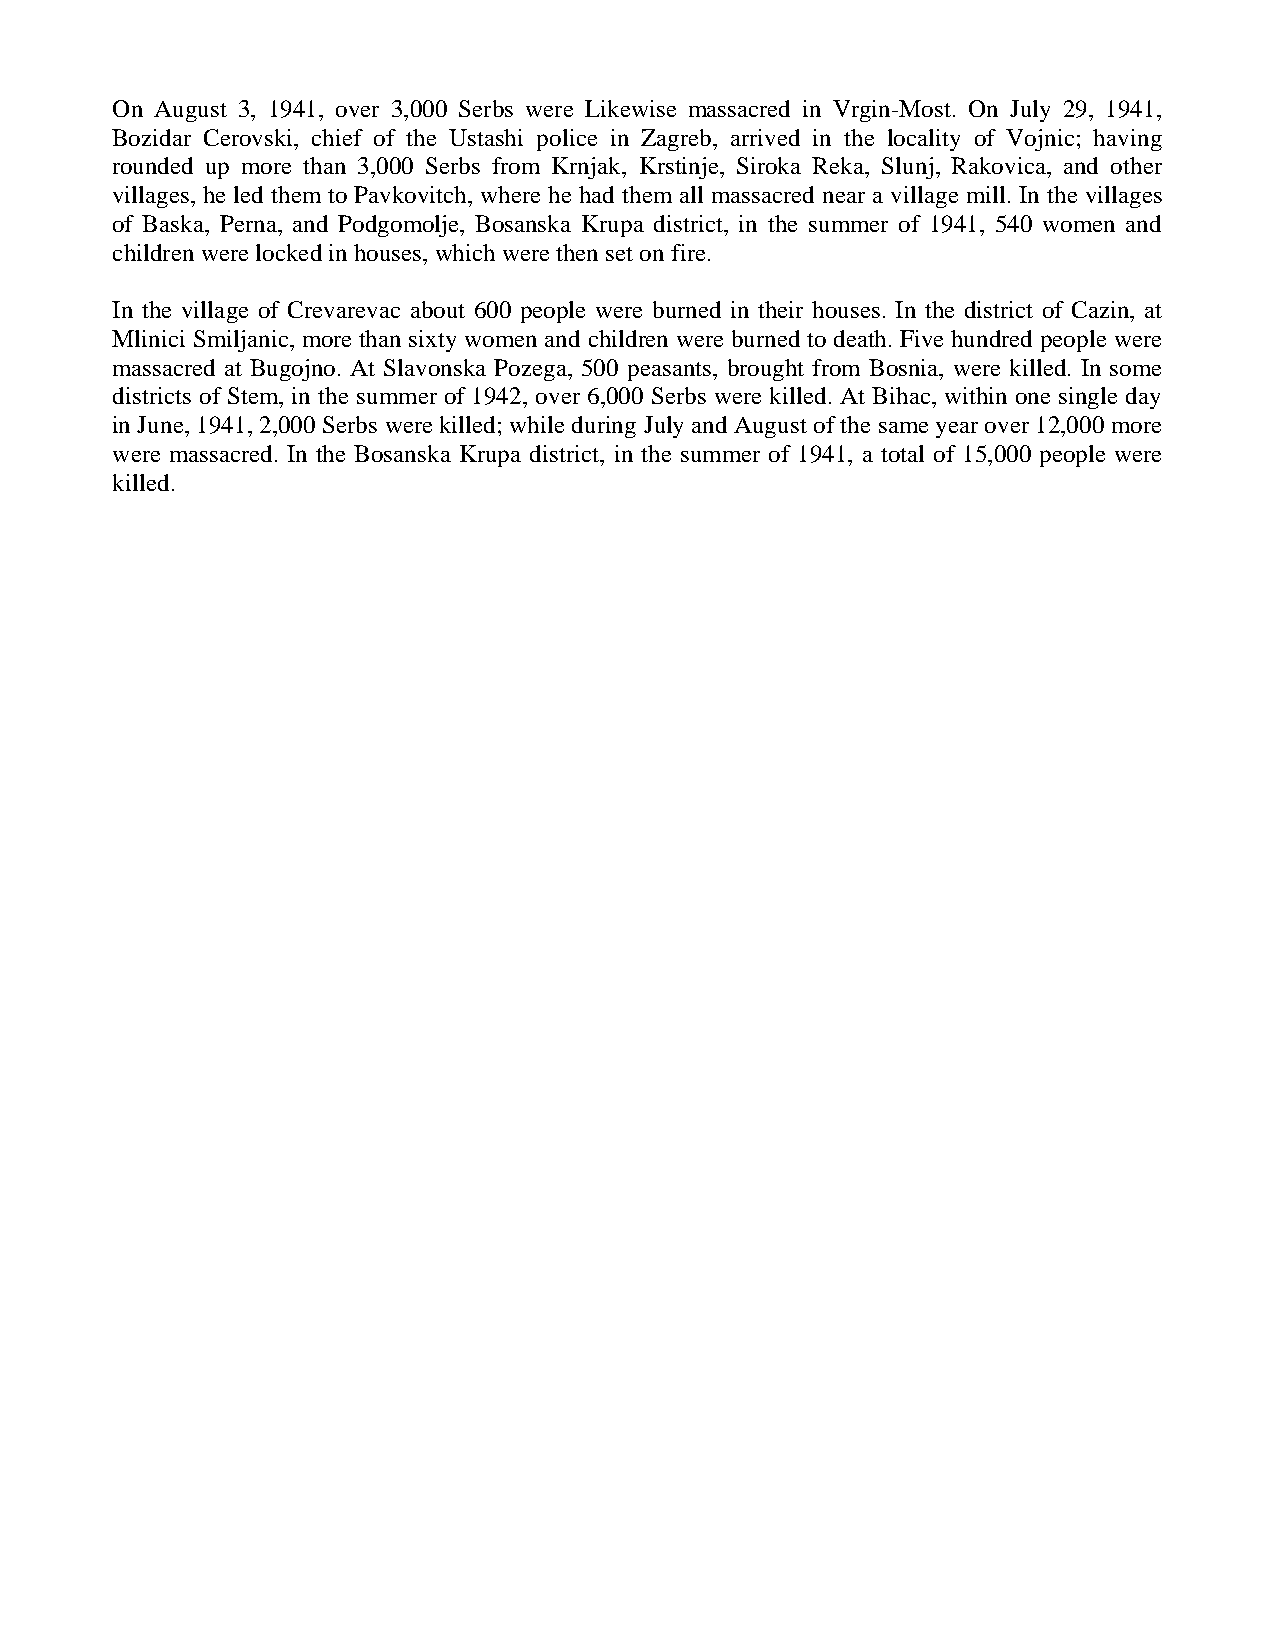
On August 3, 1941, over 3,000 Serbs were Likewise massacred in Vrgin-Most. On July 29, 1941,
 Bozidar Cerovski, chief of the Ustashi police in Zagreb, arrived in the locality of Vojnic; having
 rounded up more than 3,000 Serbs from Krnjak, Krstinje, Siroka Reka, Slunj, Rakovica, and other
 villages, he led them to Pavkovitch, where he had them all massacred near a village mill. In the villages
 of Baska, Perna, and Podgomolje, Bosanska Krupa district, in the summer of 1941, 540 women and
 children were locked in houses, which were then set on fire.
 In the village of Crevarevac about 600 people were burned in their houses. In the district of Cazin, at
 Mlinici Smiljanic, more than sixty women and children were burned to death. Five hundred people were
 massacred at Bugojno. At Slavonska Pozega, 500 peasants, brought from Bosnia, were killed. In some
 districts of Stem, in the summer of 1942, over 6,000 Serbs were killed. At Bihac, within one single day
 in June, 1941, 2,000 Serbs were killed; while during July and August of the same year over 12,000 more
 were massacred. In the Bosanska Krupa district, in the summer of 1941, a total of 15,000 people were
 killed.